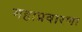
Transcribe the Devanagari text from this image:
महाप्रवारणा